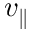
v _ { \parallel }